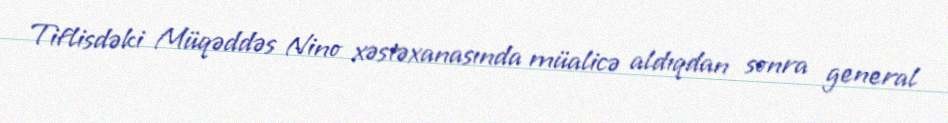
Tiflisdəki Müqəddəs Nino xəstəxanasında müalicə aldıqdan sonra general